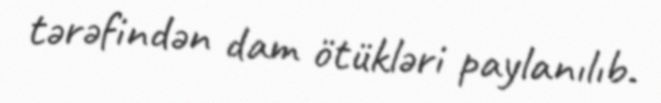
tərəfindən dam ötükləri paylanılıb.